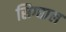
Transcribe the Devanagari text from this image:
सिग्द्याल